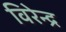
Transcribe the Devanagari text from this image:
विरेन्‍द्र